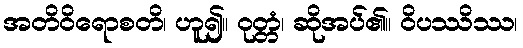
အတိဝိရောစတိ၊ ဟူ၍။ ဝုတ္တံ၊ ဆိုအပ်၏။ ဝိပဿိဿ၊